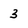
Character: 3